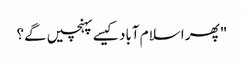
" پھر اسلام آباد کیسے پہنچیں گے؟